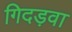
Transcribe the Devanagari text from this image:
गिदड़वा